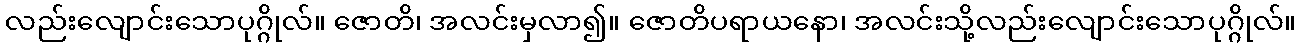
လည်းလျောင်းသောပုဂ္ဂိုလ်။ ဇောတိ၊ အလင်းမှလာ၍။ ဇောတိပရာယနော၊ အလင်းသို့လည်းလျောင်းသောပုဂ္ဂိုလ်။